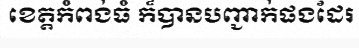
ខេត្តកំពង់ធំ ក៏បានបញ្ជាក់ផងដែរ